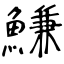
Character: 鰜